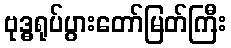
ဗုဒ္ဓရုပ်ပွားတော်မြတ်ကြီး